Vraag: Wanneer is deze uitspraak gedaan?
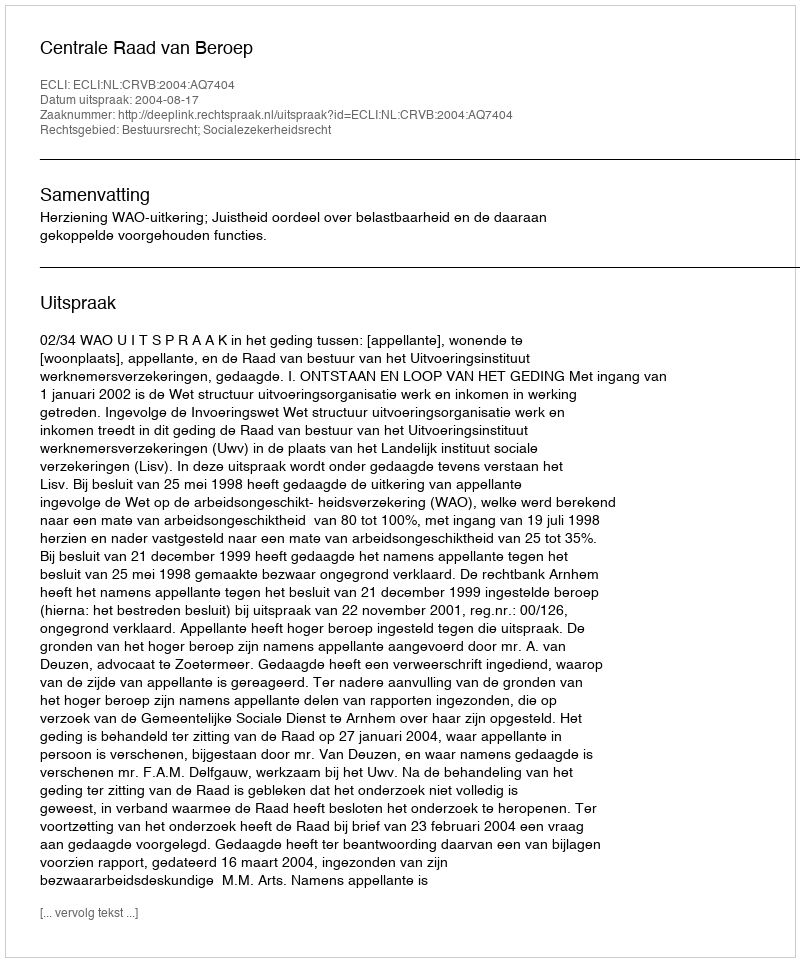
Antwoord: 2004-08-17